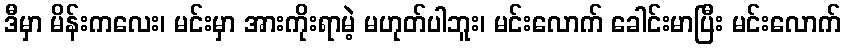
ဒီမှာ မိန်းကလေး၊ မင်းမှာ အားကိုးရာမဲ့ မဟုတ်ပါဘူး၊ မင်းလောက် ခေါင်းမာပြီး မင်းလောက်